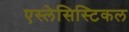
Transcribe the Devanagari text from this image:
एस्लेसिस्टिकल